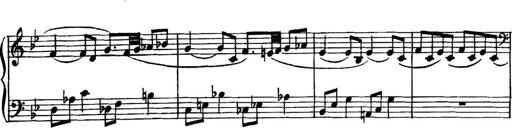
Title: Piano Sonatina in G minor
Composer: John Blackwood McEwen
Key: G minor